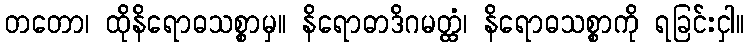
တတော၊ ထိုနိရောဓသစ္စာမှ။ နိရောဓာဒိဂမတ္ထံ၊ နိရောဓသစ္စာကို ရခြင်းငှါ။